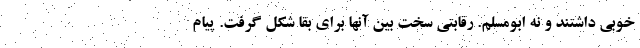
خوبی داشتند و نه ابومسلم. رقابتی سخت بین آنها برای بقا شکل گرفت. پیام